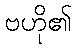
ဗဟို၏